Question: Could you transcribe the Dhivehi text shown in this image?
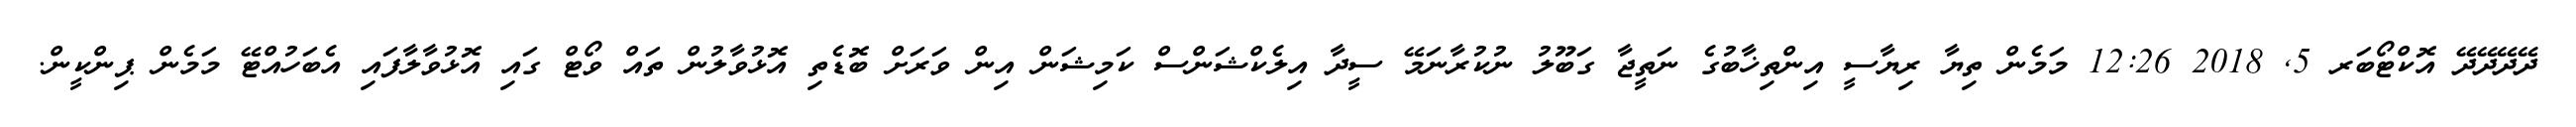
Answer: ދޭދޭދޭދޭ އޮކްޓޯބަރ 5, 2018 12:26 މަމެން ތިޔާ ރިޔާސީ އިންތިޚާބުގެ ނަތީޖާ ގަބޫލު ނުކުރާނަމޭ ސީދާ އިލެކްޝަންސް ކަމިޝަން އިން ވަރަށް ބޮޑެތި އޮޅުވާލުން ތައް ވޯޓް ގައި އޮޅުވާލާފައި އެބަހުއްޓޭ މަމެން ޕިންކީން.